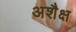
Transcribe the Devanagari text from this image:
अशैक्ष